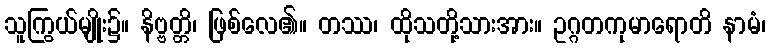
သူကြွယ်မျိုး၌။ နိဗ္ဗတ္တိ၊ ဖြစ်လေ၏။ တဿ၊ ထိုသတို့သားအား။ ဥဂ္ဂတကုမာရောတိ နာမံ၊